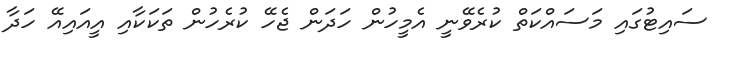
ސައިޓުގައި މަސައްކަތް ކުރެވޭނީ އެމީހުން ހަދަން ޖެހޭ ކުރެހުން ތަކަކާއި އީއައިއޭ ހަދާ